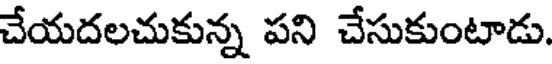
చేయదలచుకున్న పని చేసుకుంటాడు.